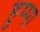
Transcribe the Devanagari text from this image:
हुप्पा